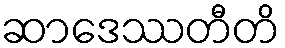
ဆာဒေဿတီတိ